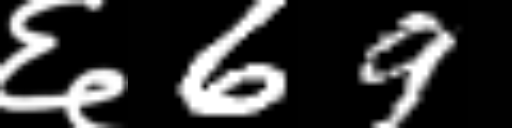
Text: ६69